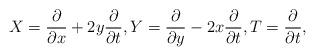
LaTeX: \begin{align*}X=\frac{\partial}{\partial x} + 2y \frac{\partial}{\partial t}, Y = \frac{\partial}{\partial y} - 2x \frac{\partial}{\partial t}, T=\frac{\partial}{\partial t},\end{align*}